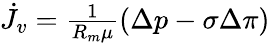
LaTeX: \begin{array}{r}{\dot{J_{v}}=\frac{1}{R_{m}\mu}(\Delta p-\sigma\Delta\pi)}\end{array}